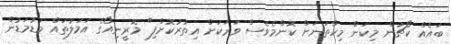
ބައެއް ކޯޗުން މިކަން މިހާތަނަށް ކޮންމެވެސް ވަރަކަށް އިތުރުކޮށްފި" މޮރީނިއޯގެ އަމަލުތައް މަޑުމަޑުން